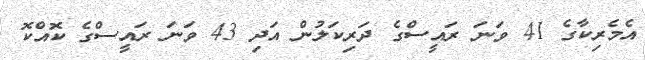
އެމެރިކާގެ 41 ވަނަ ރައީސްގެ ދަރިކަލުން އަދި 43 ވަނަ ރައީސްގެ ކޮއްކޮ